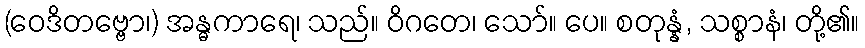
(ဝေဒိတဗ္ဗော၊) အန္ဓကာရေ၊ သည်။ ဝိဂတေ၊ သော်။ ပေ။ စတုန္နံ, သစ္စာနံ၊ တို့၏။